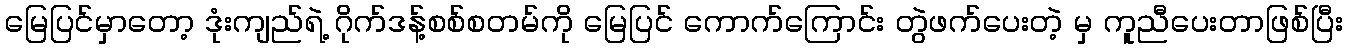
မြေပြင်မှာတော့ ဒုံးကျည်ရဲ့ ဂိုက်ဒန့်စစ်စတမ်ကို မြေပြင် ကောက်ကြောင်း တွဲဖက်ပေးတဲ့ မှ ကူညီပေးတာဖြစ်ပြီး